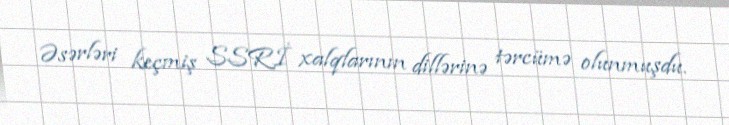
Əsərləri keçmiş SSRİ xalqlarının dillərinə tərcümə olunmuşdu.